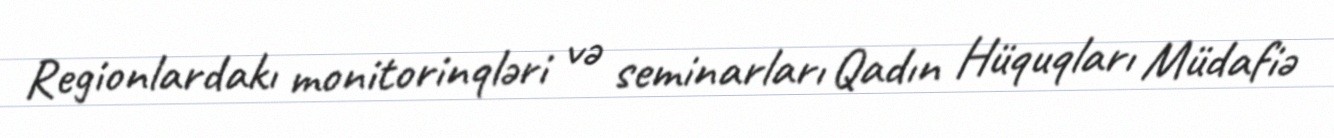
Regionlardakı monitorinqləri və seminarları Qadın Hüquqları Müdafiə